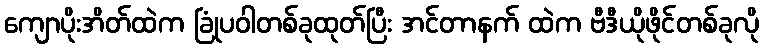
ကျောပိုးအိတ်ထဲက ခြုံပဝါတစ်ခုထုတ်ပြီး အင်တာနက် ထဲက ဗီဒီယိုဖိုင်တစ်ခုလို